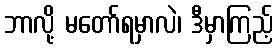
ဘာလို့ မတော်ရမှာလဲ၊ ဒီမှာကြည့်